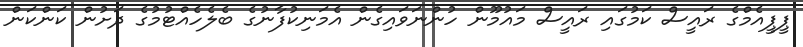
ޕީޕީއެމްގެ ރައީސް ކަމުގައި ރައީސް މައުމޫން ހުންނަވައިގެން އެމަނިކުފާނުގެ ބެލެހެއްޓުމުގެ ދަށުން ކަންކަން